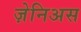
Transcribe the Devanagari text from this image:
ज़ेनिअस